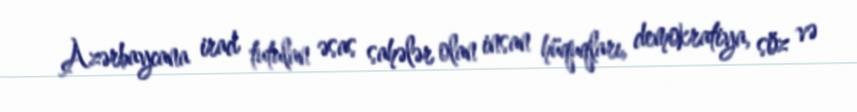
Azərbaycana irad tutulan əsas sahələr olan insan hüquqları, demokratiya, söz və